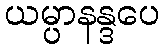
ယမ္ပာနန္ဒပေ